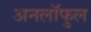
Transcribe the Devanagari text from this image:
अनलॉफुल